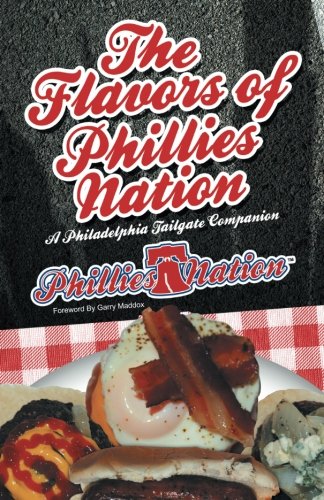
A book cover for The Flavors of Phillies Nation: A Philadelphia Tailgate Companion; Brian Michael; Cookbooks, Food & Wine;